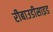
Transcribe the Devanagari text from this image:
रीबाउडीसाइड